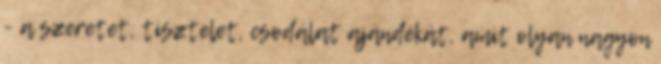
- a szeretet, tisztelet, csodálat ajándékát, amit olyan nagyon